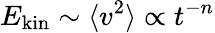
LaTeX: E_{\textrm{kin}}\sim\langle v^{2}\rangle\propto t^{-n}